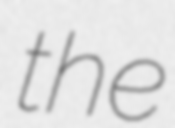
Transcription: the